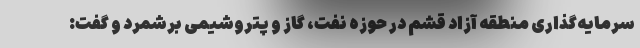
سرمایه‌گذاری منطقه آزاد قشم در حوزه نفت، گاز و پتروشیمی برشمرد و گفت: